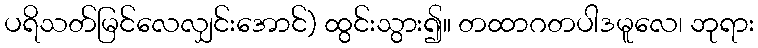
ပရိသတ်မြင်လေလျှင်းအောင်) ထွင်းသွား၍။ တထာဂတပါဒမူလေ၊ ဘုရား